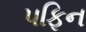
પફિન